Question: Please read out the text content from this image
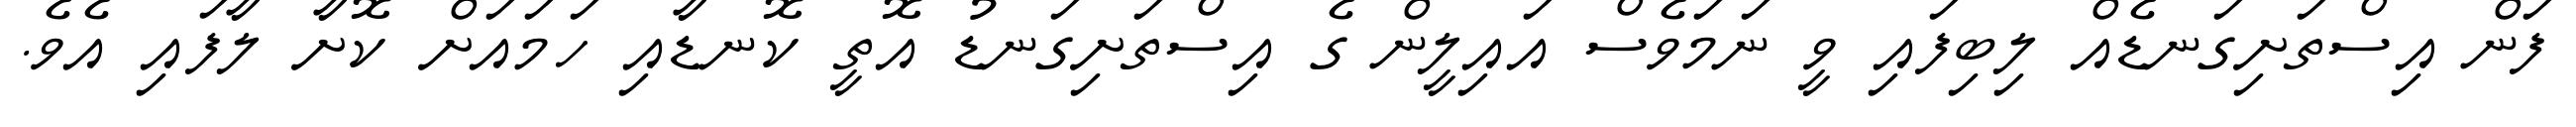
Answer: ފަން އިސްތަށިގަނޑެއް ލިބިފައި ވީ ނަމަވެސް އައިލީން ގެ އިސްތަށިގަނޑު އޮތީ ކޮނޑާއި ހަމައަށް ކޮށާ ލާފައި އެވެ.